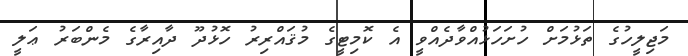
މަޖިލީހުގެ ތަޅުމަށް ހުށަހަޅުއްވާދެއްވީ އެ ކޮމިޓީގެ މުޤައްރިރު ހޮޅުދޫ ދާއިރާގެ މެންބަރު ޢަލީ